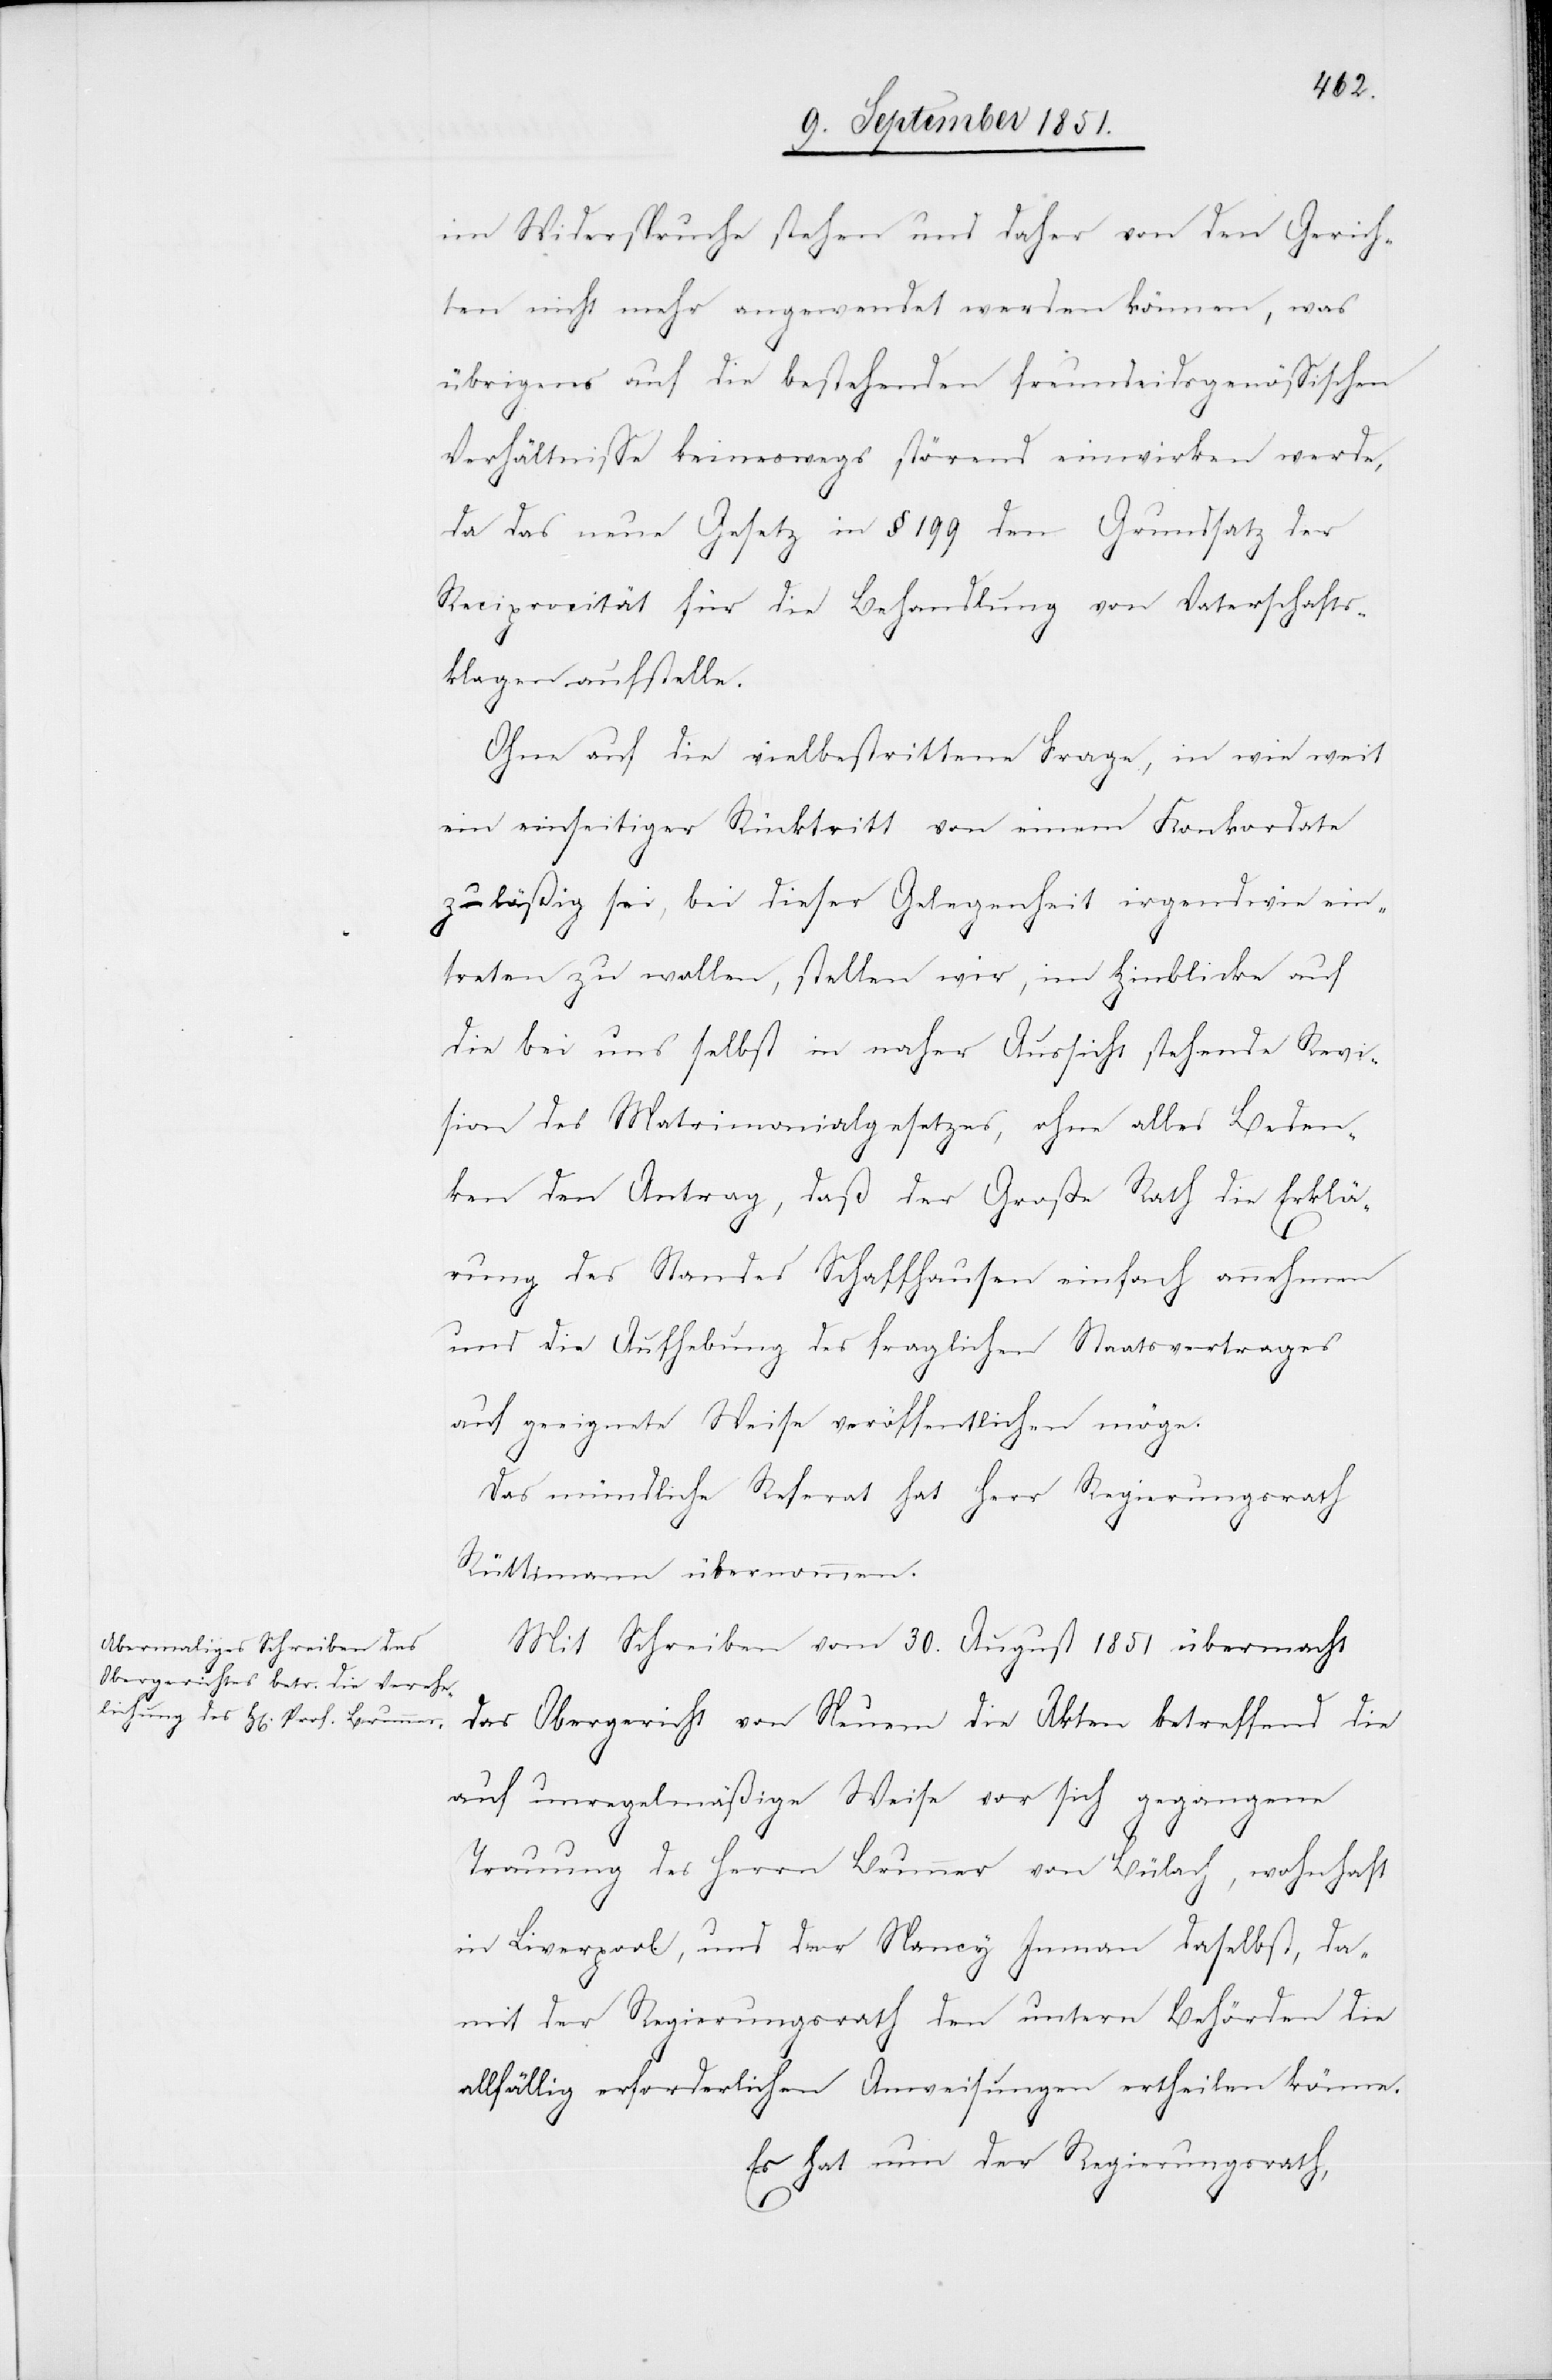
im Widerspruche stehen und daher von den Gerich¬
ten nicht mehr angewendet werden können, was
übrigens auf die bestehenden freundeidsgenössischen
Verhältnisse keineswegs störend einwirken werde,
da das neue Gesetz in § 199 den Grundsatz der
Reciprocität für die Behandlung von Vaterschafts¬
klagen aufstelle.
Ohne auf die vielbestrittene Frage, in wie weit
ein einseitiger Rücktritt von einem Konkordate
zuläßig sei, bei dieser Gelegenheit irgendwie ein¬
treten zu wollen, stellen wir, im Hinblicke auf
die bei uns selbst in naher Aussicht stehende Revi¬
sion des Matrimonialgesetzes, ohne alles Beden¬
ken den Antrag, daß der Große Rath die Erklä¬
rung des Standes Schaffhausen einfach annehmen
und die Aufhebung des fraglichen Staatsvertrages
auf geeignete Weise veröffentlichen möge.
Das mündliche Referat hat Herr Regierungsrath
Rüttimann übernommen.
Mit Schreiben vom 30. August 1851 übermacht
das Obergericht von Neuem die Akten betreffend die
auf unregelmäßige Weise vor sich gegangene
Trauung des Herrn Brunner von Bülach, wohnhaft
in Liverpool, und der Nancy Imman daselbst, da¬
mit der Regierungsrath den untern Behörden die
allfällig erforderlichen Anweisungen ertheilen könne.
Es hat nun der Regierungsrath,